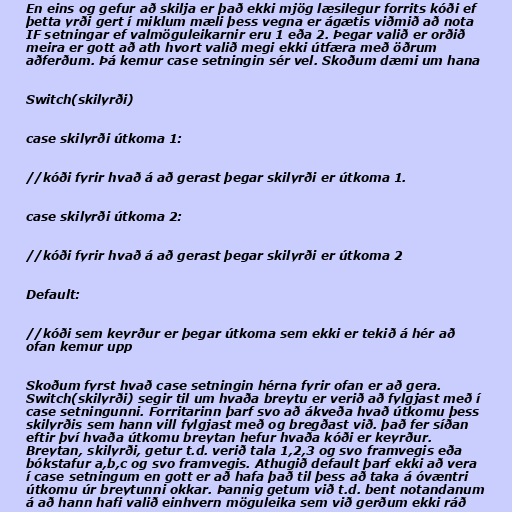
En eins og gefur að skilja er það ekki mjög læsilegur forrits kóði ef
þetta yrði gert í miklum mæli þess vegna er ágætis viðmið að nota
IF setningar ef valmöguleikarnir eru 1 eða 2. Þegar valið er orðið
meira er gott að ath hvort valið megi ekki útfæra með öðrum
aðferðum. Þá kemur case setningin sér vel. Skoðum dæmi um hana

Switch(skilyrði)

case skilyrði útkoma 1:

//kóði fyrir hvað á að gerast þegar skilyrði er útkoma 1.

case skilyrði útkoma 2:

//kóði fyrir hvað á að gerast þegar skilyrði er útkoma 2

Default:

//kóði sem keyrður er þegar útkoma sem ekki er tekið á hér að
ofan kemur upp

Skoðum fyrst hvað case setningin hérna fyrir ofan er að gera.
Switch(skilyrði) segir til um hvaða breytu er verið að fylgjast með í
case setningunni. Forritarinn þarf svo að ákveða hvað útkomu þess
skilyrðis sem hann vill fylgjast með og bregðast við. það fer síðan
eftir því hvaða útkomu breytan hefur hvaða kóði er keyrður.
Breytan, skilyrði, getur t.d. verið tala 1,2,3 og svo framvegis eða
bókstafur a,b,c og svo framvegis. Athugið default þarf ekki að vera
í case setningum en gott er að hafa það til þess að taka á óvæntri
útkomu úr breytunni okkar. Þannig getum við t.d. bent notandanum
á að hann hafi valið einhvern möguleika sem við gerðum ekki ráð